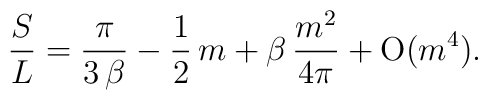
{S\over L} = {\pi\over 3\,\beta} - {1\over 2}\,m + \beta\,{m^2\over 4\pi} + {\rm O}(m^4).